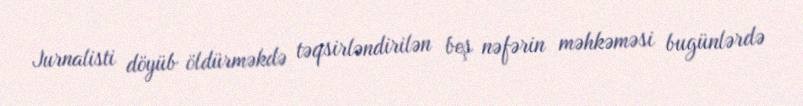
Jurnalisti döyüb öldürməkdə təqsirləndirilən beş nəfərin məhkəməsi bugünlərdə